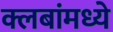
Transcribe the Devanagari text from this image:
क्लबांमध्ये